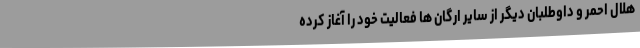
هلال احمر و داوطلبان دیگر از سایر ارگان ها فعالیت خود را آغاز کرده